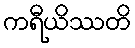
ကရီယိဿတိ